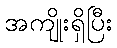
အကျိုးရှိပြီး